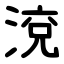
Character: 渷